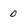
Character: 0